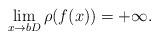
LaTeX: \begin{align*}\lim_{x\to bD} \rho(f(x))=+\infty.\end{align*}